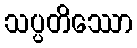
သပ္ပတိဿော